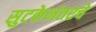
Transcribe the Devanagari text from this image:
सुटकेनंतरचे